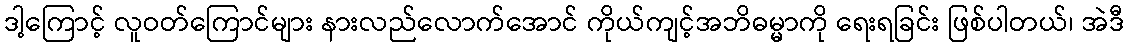
ဒါ့ကြောင့် လူဝတ်ကြောင်များ နားလည်လောက်အောင် ကိုယ်ကျင့်အဘိဓမ္မာကို ရေးရခြင်း ဖြစ်ပါတယ်၊ အဲဒီ